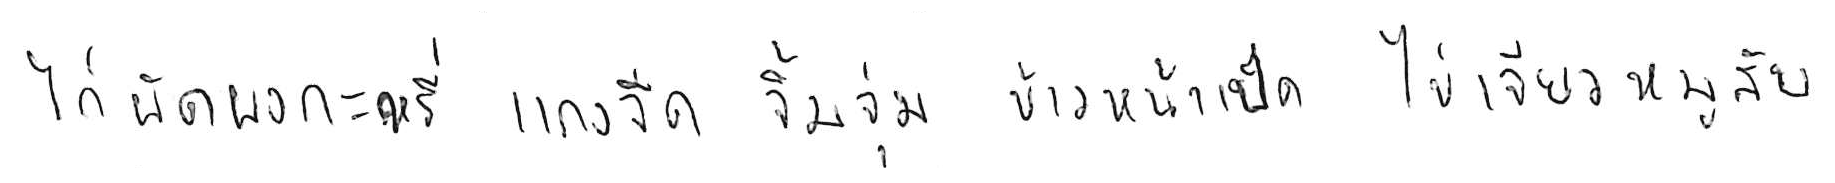
ไก่ผัดผงกะหรี่ แกงจืด จิ้มจุ่ม ข้าวหน้าเป็ด ไข่เจียวหมูสับ